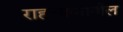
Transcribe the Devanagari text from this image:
राहण्यामागील